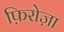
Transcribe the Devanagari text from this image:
फ़िरोज़ा